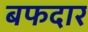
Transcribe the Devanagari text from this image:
बफदार